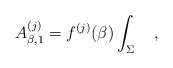
\begin{align*}A_{\beta,1}^{(j)}=f^{(j)}(\beta)\int_{\Sigma}~~~,\end{align*}